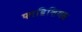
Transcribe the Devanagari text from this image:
फाब्रिशियस